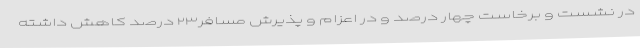
در نشست و برخاست چهار درصد و در اعزام و پذیرش مسافر۲۳ درصد کاهش داشته